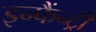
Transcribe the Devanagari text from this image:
इन्फैंन्ट्री